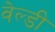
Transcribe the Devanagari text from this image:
वेल्डी